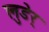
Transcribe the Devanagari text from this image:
लुडेर्